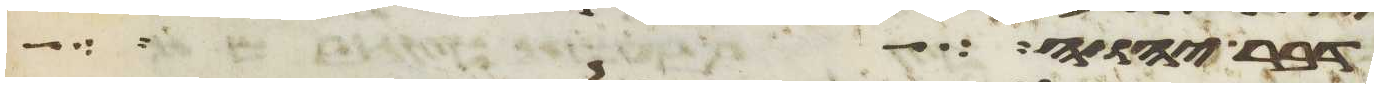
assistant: דבר יהוה בזה